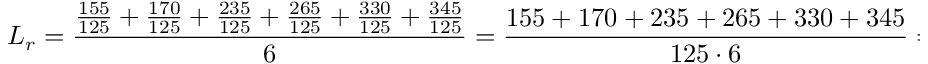
L _ { r } = \frac { \frac { 1 5 5 } { 1 2 5 } + \frac { 1 7 0 } { 1 2 5 } + \frac { 2 3 5 } { 1 2 5 } + \frac { 2 6 5 } { 1 2 5 } + \frac { 3 3 0 } { 1 2 5 } + \frac { 3 4 5 } { 1 2 5 } } { 6 } = \frac { 1 5 5 + 1 7 0 + 2 3 5 + 2 6 5 + 3 3 0 + 3 4 5 } { 1 2 5 \cdot 6 } = 2 .